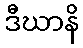
ဒီဃာနိ